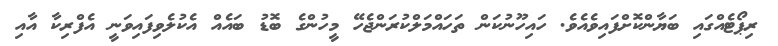
ރިޕޯޓެއްގައި ބަޔާންކޮށްފައިވެއެވެ. ހައިހޫނުކަން ތަހައްމަލްކުރަންޖެހޭ މީހުންގެ ބޮޑު ބައެއް އެކުލެވިފައިވަނީ އެފްރިކާ އާއި